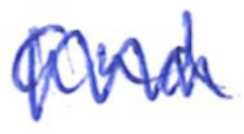
Text: and
Cross-out: zig-zag
Writing tool: ballpoint